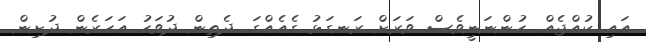
އައި ކުއްޖެއް. ހުންނަނީވެސް ވަރަށް ރަނގަޅު ގެއެއްގަ. ދެތިން ދުވަހު އަހަރެން ދުށިން